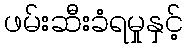
ဖမ်းဆီးခံရမှုနှင့်